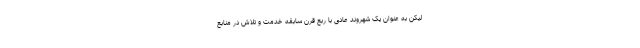
لیکن به عنوان یک شهروند عادی با ربع قرن سابقه خدمت و تلاش در منابع